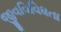
જીવવિવિધતા